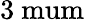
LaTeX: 3\mathrm{\ mum}